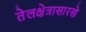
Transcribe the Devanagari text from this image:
तेलक्षेत्रासारखे